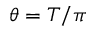
\theta = T / \pi